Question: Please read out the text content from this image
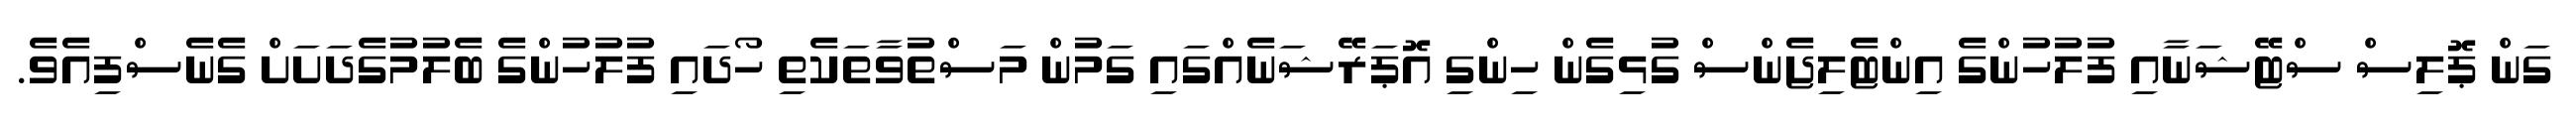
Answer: ގަން ޕޮލިސް ސްޓޭޝަނާއި ފުލުހުންގެ އިންޓެލިޖެންސް ގުޅިގެން ހިންގި އޮޕަރޭޝަނެއްގައި ގަމުން މަސްތުވާތަކެތި ހޯދައި ފުލުހުންގެ ބެލުމުގެދަށަށް ގެނެސްފިއެވެ.